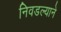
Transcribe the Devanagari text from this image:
निवडल्याने